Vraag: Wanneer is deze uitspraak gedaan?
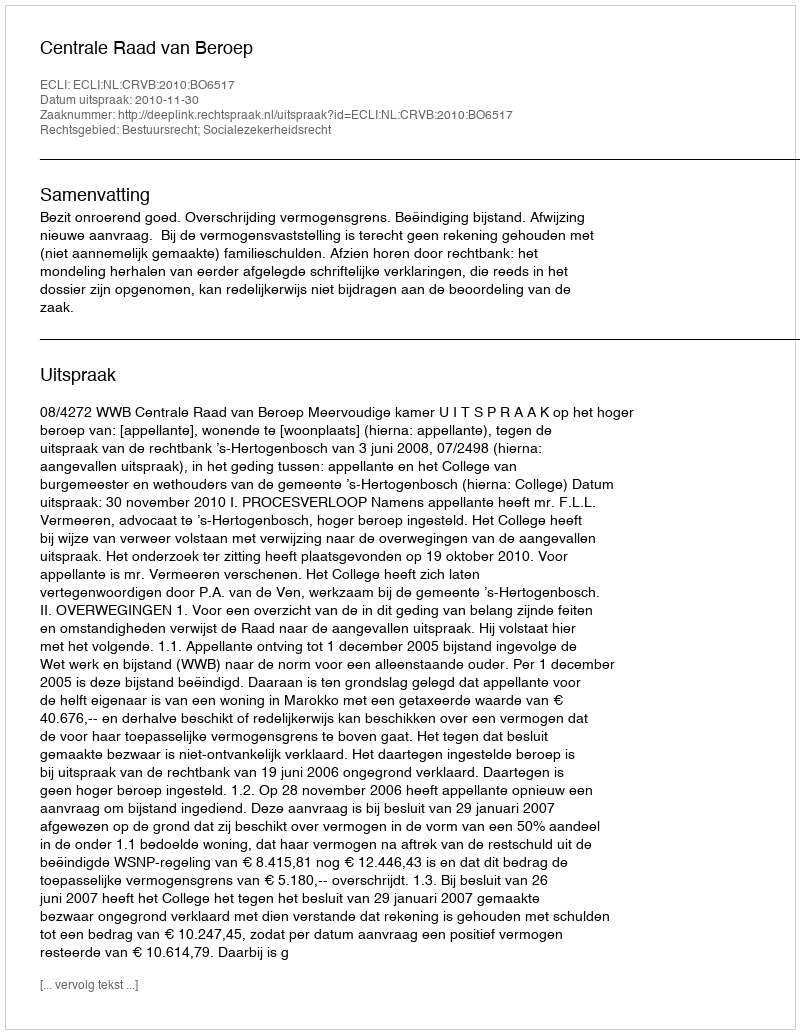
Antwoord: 2010-11-30